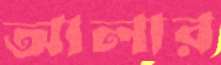
আলার